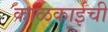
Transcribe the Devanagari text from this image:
काळकाईची